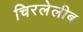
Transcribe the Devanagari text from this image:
चिरलेलीब